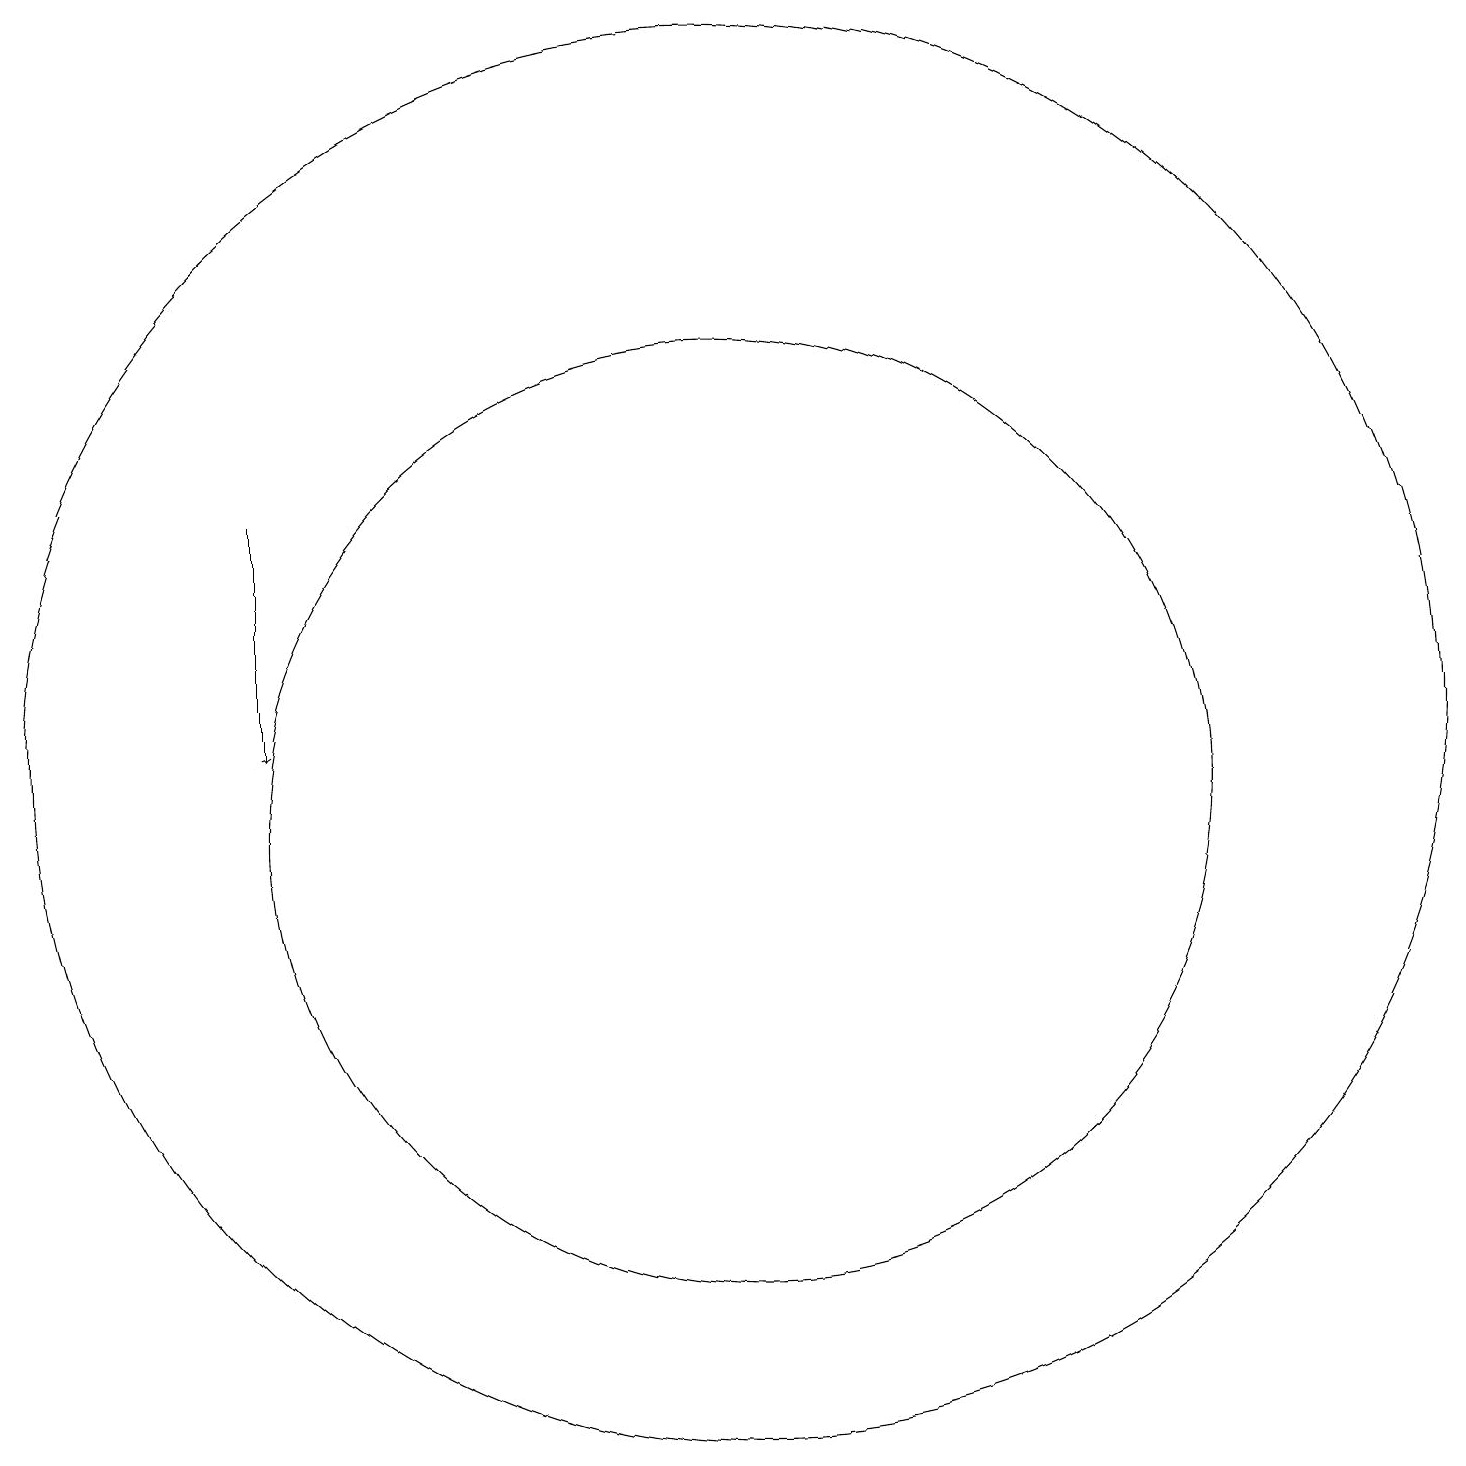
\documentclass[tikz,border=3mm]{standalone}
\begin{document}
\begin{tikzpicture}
\draw (10,12) circle (9);
\draw[->] (4,15) -- (4,12);
\draw (10,11) circle (6);
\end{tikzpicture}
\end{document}